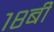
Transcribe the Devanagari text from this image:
१८बी